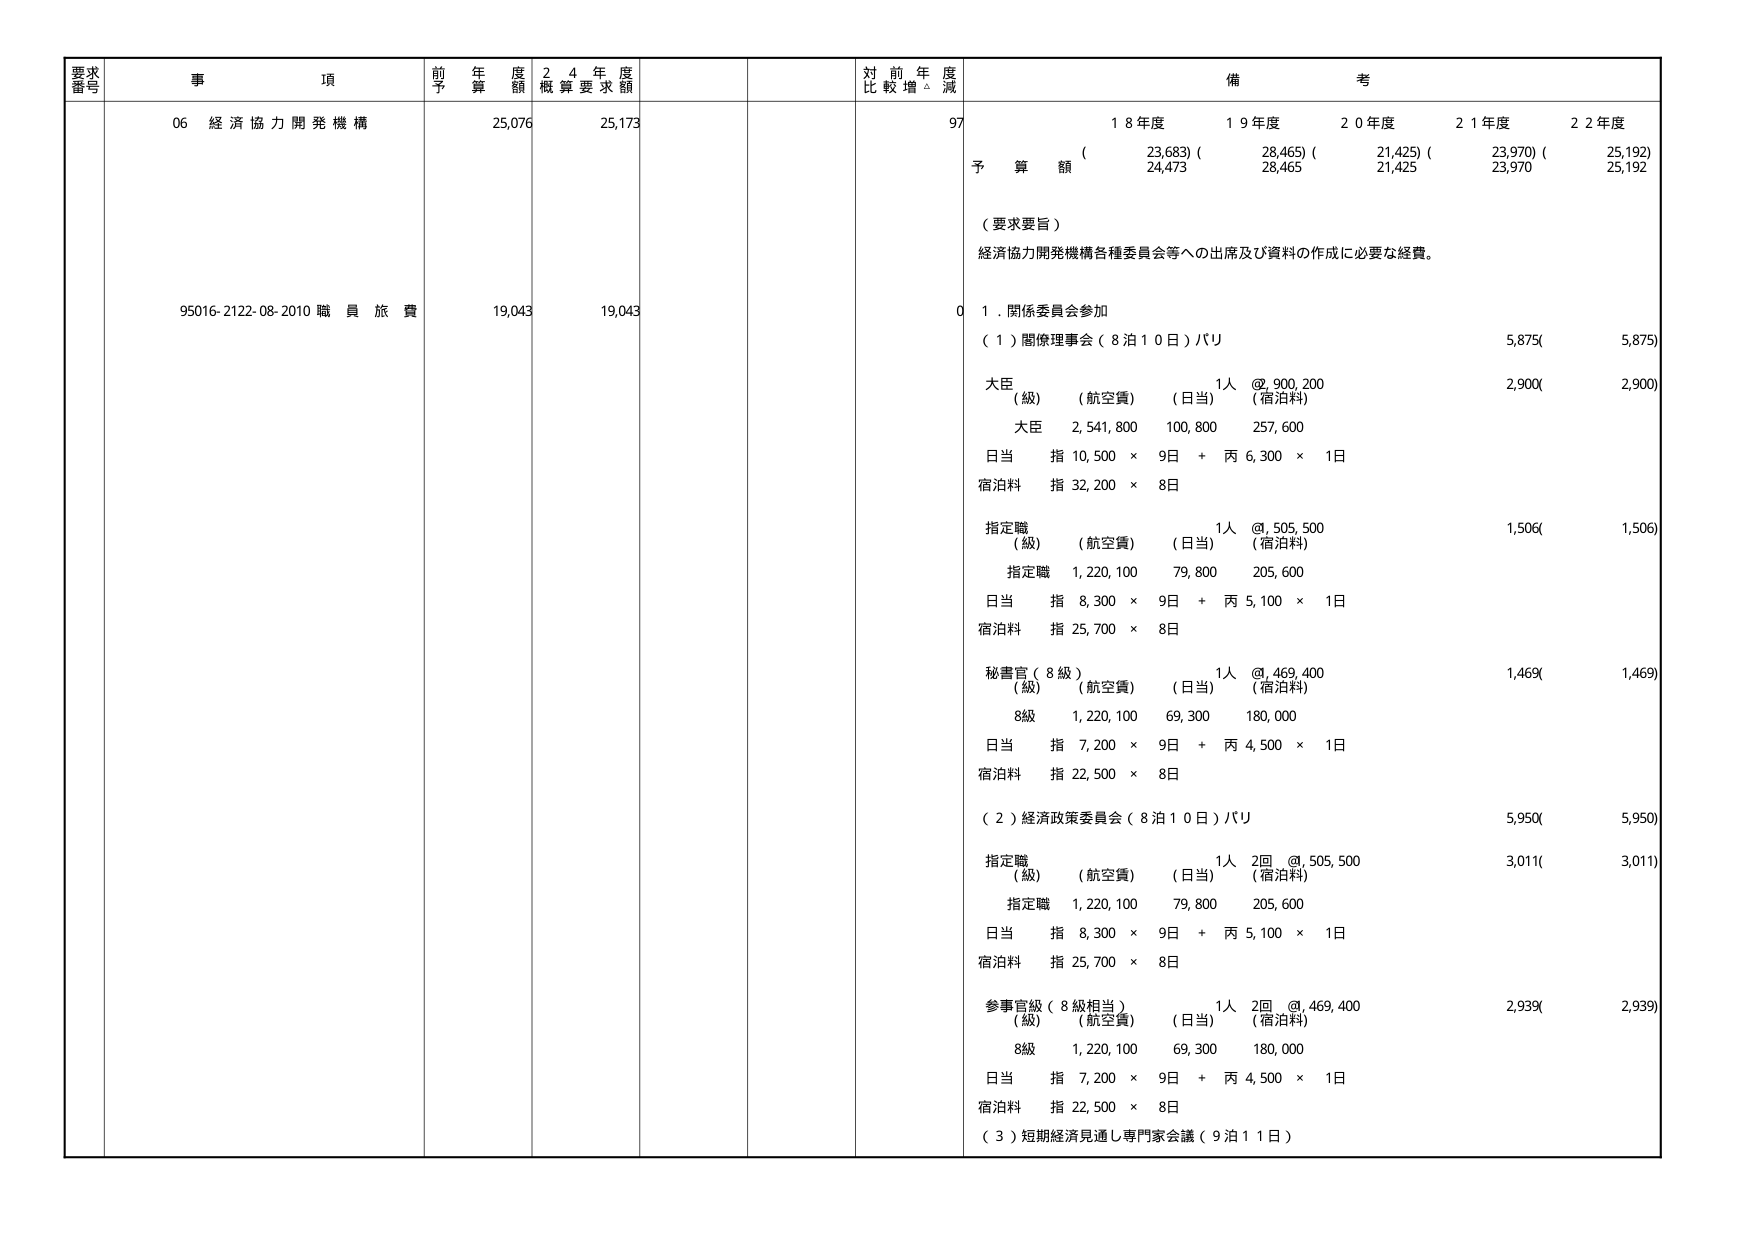
要求番号 事項 前年度予算額 24年度概算要求額 対前年度比較増減 備考
06 経済協力開発機構 25,076 25,173 97
予算額 18年度 19年度 20年度 21年度 22年度
(23,683) (28,465) (21,425) (23,970) (25,192)
24,473 28,465 21,425 23,970 25,192
（要求要旨）
経済協力開発機構各種委員会等への出席及び資料の作成に必要な経費。
95016-2122-08-2010 職員旅費 19,043 19,043 0
1. 関係委員会参加
（1）関係理事会（8泊10日）パリ 5,875( 5,875)
大臣 1人 @ 900,200
（級）（航空費）（日当）（宿泊料） 2,900( 2,900)
大臣 2,541,800 100,800 257,600
日当 指 10,500 × 9日 + 丙 6,300 × 1日
宿泊料 指 32,200 × 8日
指定職 1人 @ 505,500
（級）（航空費）（日当）（宿泊料） 1,506( 1,506)
指定職 1,220,100 79,800 205,600
日当 指 8,300 × 9日 + 丙 5,100 × 1日
宿泊料 指 25,700 × 8日
秘書官（8級） 1人 @ 469,400
（級）（航空費）（日当）（宿泊料） 1,469( 1,469)
8級 1,220,100 69,300 180,000
日当 指 7,200 × 9日 + 丙 4,500 × 1日
宿泊料 指 22,500 × 8日
（2）経済政策委員会（8泊10日）パリ 5,950( 5,950)
指定職 1人 2回 @ 505,500
（級）（航空費）（日当）（宿泊料） 3,011( 3,011)
指定職 1,220,100 79,800 205,600
日当 指 8,300 × 9日 + 丙 5,100 × 1日
宿泊料 指 25,700 × 8日
参事官級（8級相当） 1人 2回 @ 469,400
（級）（航空費）（日当）（宿泊料） 2,939( 2,939)
8級 1,220,100 69,300 180,000
日当 指 7,200 × 9日 + 丙 4,500 × 1日
宿泊料 指 22,500 × 8日
（3）短期経済見通し専門家会議（9泊11日）